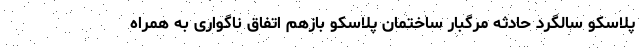
پلاسکو سالگرد حادثه مرگبار ساختمان پلاسکو بازهم اتفاق ناگواری به همراه